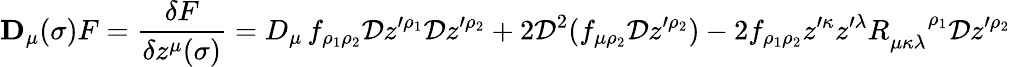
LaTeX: {\mathbf D}_{\mu}(\sigma)F={\frac{\delta F}{\delta z^{\mu}(\sigma)}}=D_{\mu}\, f_{\rho_{1}\rho_{2}}{\cal D}z^{\prime\rho_{1}}{\cal D}z^{\prime\rho_{2}}+2{\cal D}^{2}(f_{\mu\rho_{2}}{\cal D}z^{\prime\rho_{2}})-2f_{\rho_{1}\rho_{2}}z^{\prime\kappa}z^{\prime\lambda}R_{\mu\kappa\lambda}^{{\, \, \, \, \, \, \, \, }\rho_{1}}{\cal D}z^{\prime\rho_{2}}